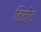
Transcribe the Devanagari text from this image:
विनोेद